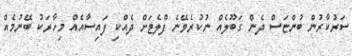
ސަރުކާރުން ބުންޏަސް ދެން ގަބޫލެއް ނުކުރެވޭނެ ފްލެޓަށް ދެއްކި ފައިސާއެއް މިހާރަކު ބޭނުމެއް